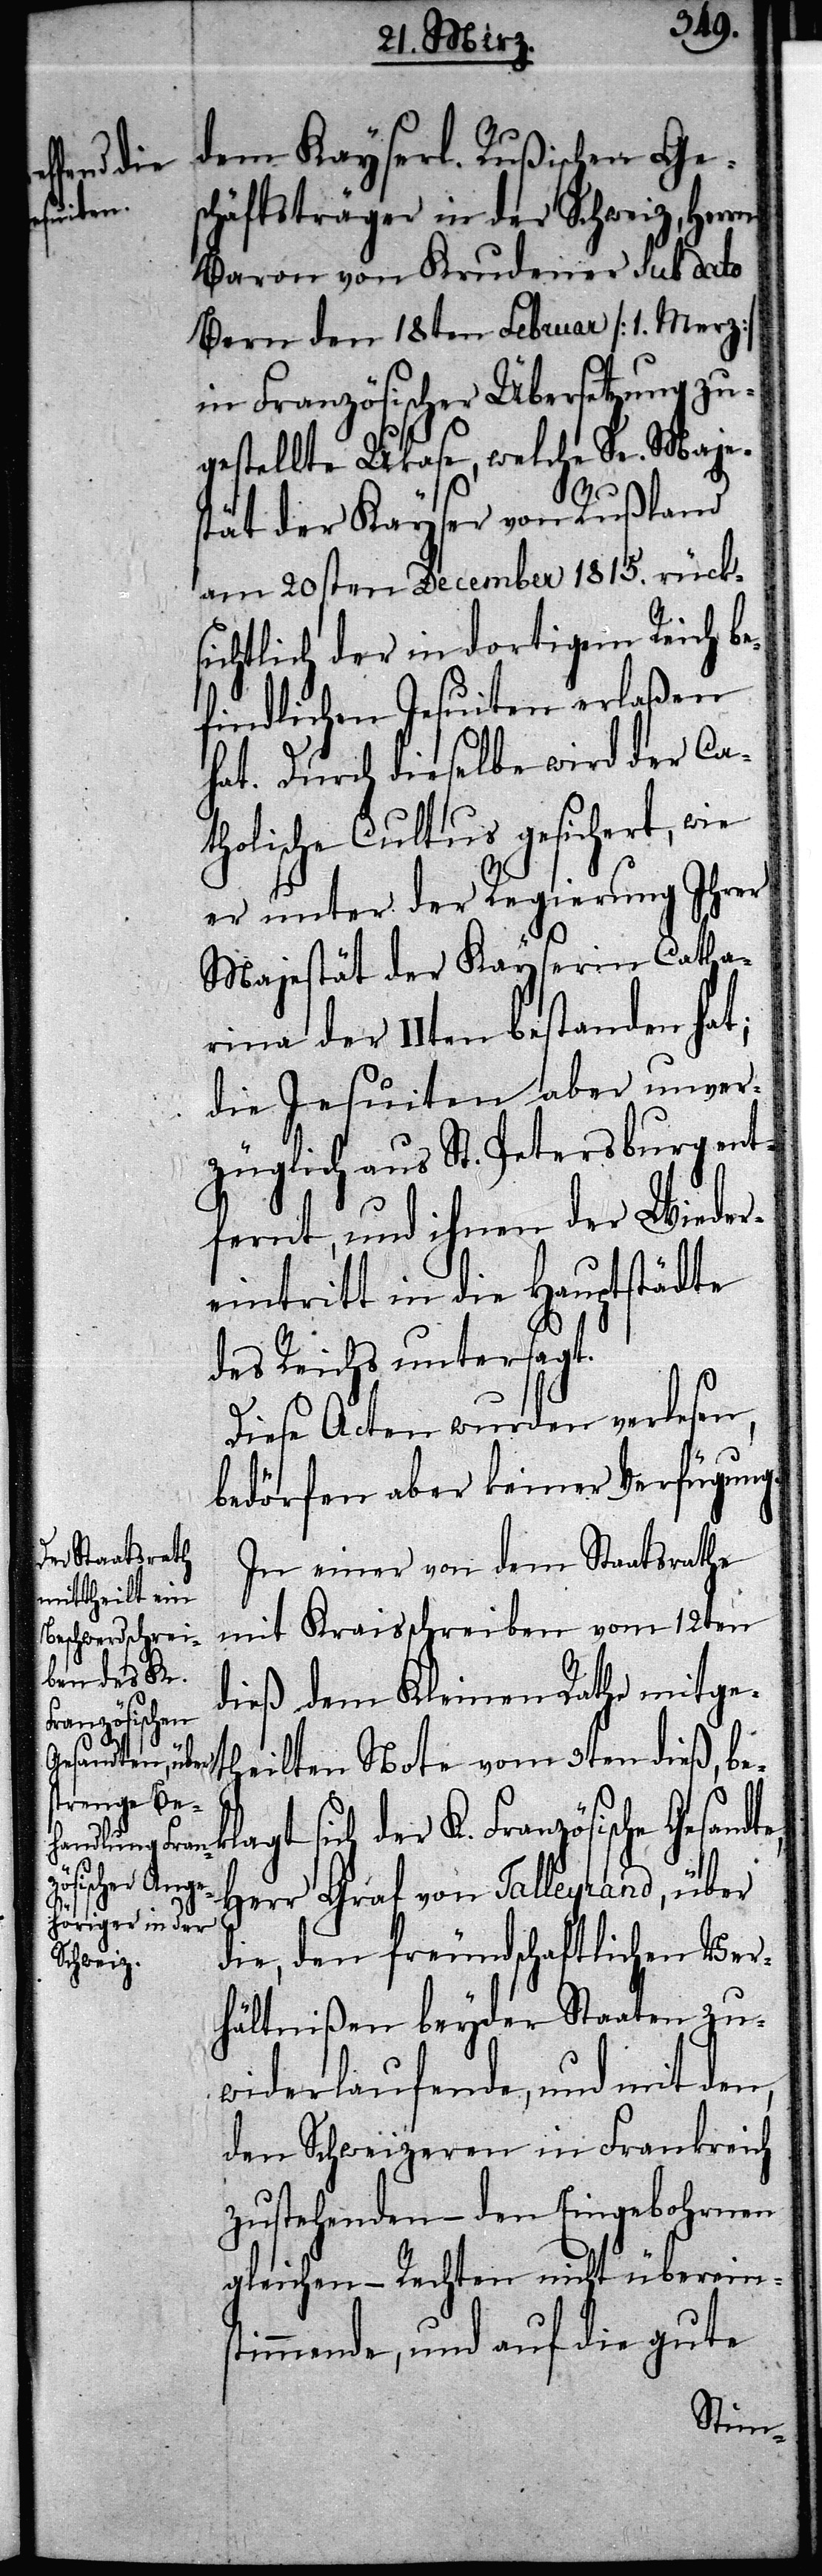
Französische
Gesandte,
klagt sich

dem Kayserl. Rußischen Ge¬
schäftsträger in der Schweiz, Herrn
Baron von Krudener sub dato
Bern den 18ten Februar [1. Merz]
in Französischer Übersetzung zu¬
gestellte Ukase, welche Se. Maje¬
stät der Kayser von Rußland
am 20sten December 1815. rück¬
sichtlich der in dortigem Reich be¬
findlichen Jesuiten erlaßen
hat. Durch dieselbe wird der Cat¬
holische Cultus gesichert, wie
er unter der Regierung Ihrer
Majestät der Kayserin Catha¬
rina der IIten bestanden hat;
die Jesuiten aber unver¬
züglich aus St. Petersburg ent¬
fernt, und ihnen der Wieder¬
eintritt in die Hauptstädte
des Reichs untersagt.
Diese Acten wurden verlesen,
bedörfen aber keiner Verfügung.
In einer von dem Staatsrathe
mit Kreisschreiben vom 12ten
dieß dem Kleinen Rathe mitge¬
theilten Note vom 9ten dieß, be¬
Herr Graf von Talleyrand, über
die, den freundschaftlichen Ver¬
hältnißen beyder Staaten zu¬
widerlaufende, und mit den,
den Schweizeren in Frankreich
zustehenden – den Eingebohrnen
gleichen – Rechten nicht übereins¬
timmende, und auf die gute